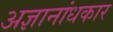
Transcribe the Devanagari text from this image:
अज्ञानांधकार